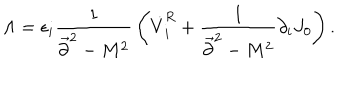
\Lambda = \epsilon _ { i } { \frac { 1 } { \vec { \partial } ^ { 2 } - M ^ { 2 } } } \left( \dot { V } _ { i } ^ { R } + { \frac { 1 } { \vec { \partial } ^ { 2 } - M ^ { 2 } } } \partial _ { i } J _ { 0 } \right) .